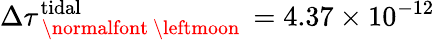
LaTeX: \Delta\tau_{\mathrm{~\normalfont~\leftmoon~}}^{\mathrm{tidal}}=4.37\times 10^{-12}